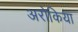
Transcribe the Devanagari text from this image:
अरोकिया